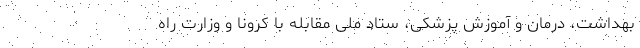
بهداشت، درمان و آموزش پزشکی، ستاد ملی مقابله با کرونا و وزارت راه